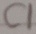
Text: C1